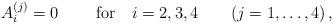
LaTeX: \begin{align*}A^{(j)}_i=0\qquad \hbox{ for} \quad i=2,3, 4\qquad(j=1,\dots,4 )\, ,\end{align*}